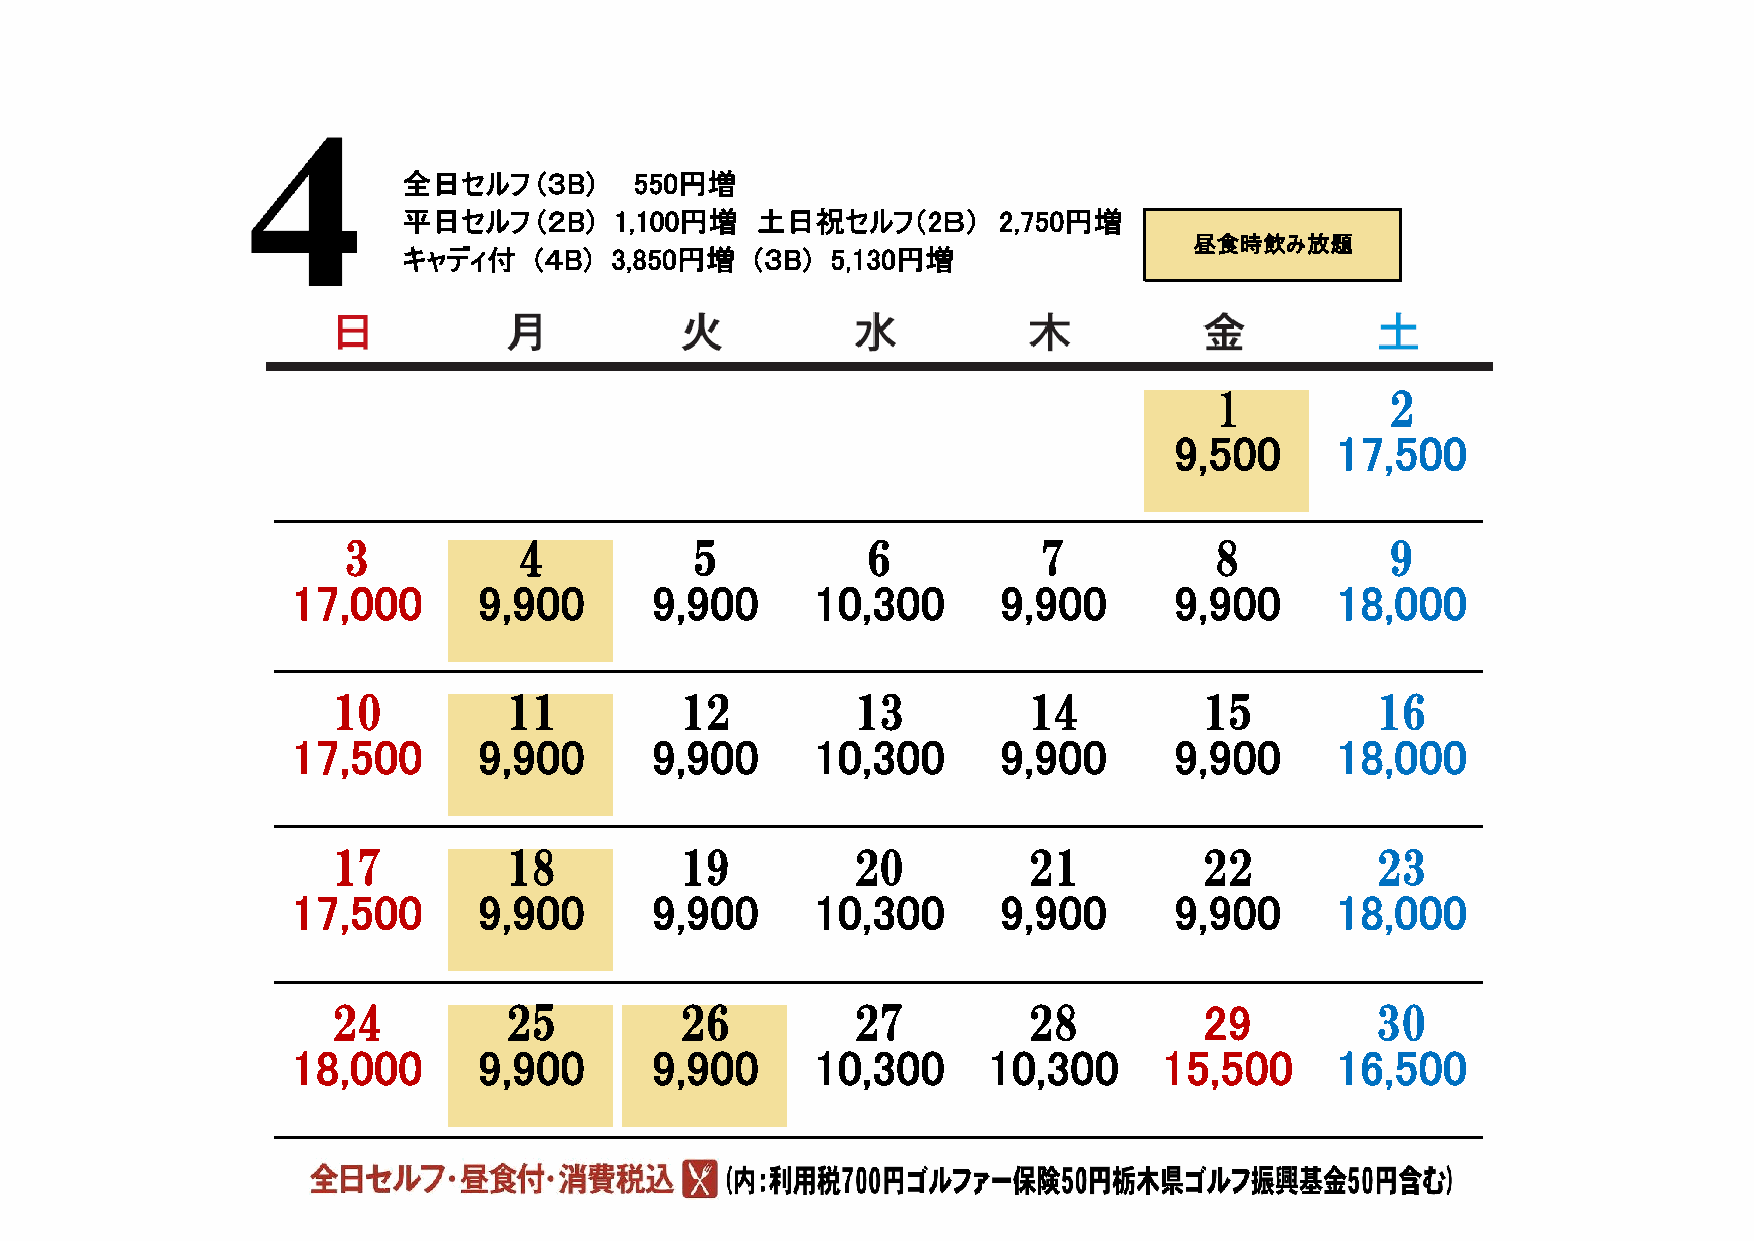
全日セルフ    (３B)  550円増
 平日セルフ    (２B) 1,100円増  土日祝セルフ（2Ｂ）      2,750円増
 昼食時飲み放題
 キャディ付   (４B) 3,850円増   (３B) 5,130円増
 1           2
 9,500     17,500
 3          4           5          6           7          8           9
 17,000       9,900      9,900      10,300      9,900       9,900     18,000
 10         11          12          13         14          15         16
 17,500       9,900      9,900      10,300      9,900       9,900     18,000
 17         18          19          20         21          22         23
 17,500       9,900      9,900      10,300      9,900       9,900     18,000
 24         25          26          27         28          29         30
 18,000       9,900      9,900      10,300     10,300      15,500     16,500